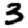
Digit: 3